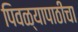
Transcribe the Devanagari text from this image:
पिवळ्यापाठीचा